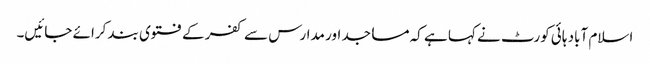
اسلام آباد ہائی کورٹ نے کہا ہے کہ مساجد اور مدارس سے کفر کے فتوی بند کرائے جائیں۔